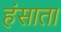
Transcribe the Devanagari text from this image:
हंसाता